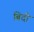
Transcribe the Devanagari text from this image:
बिदो